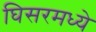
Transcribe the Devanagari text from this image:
घिसरमध्ये